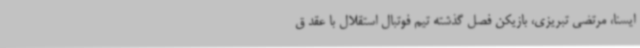
ایسنا، مرتضی تبریزی، بازیکن فصل گذشته تیم فوتبال استقلال با عقد ق